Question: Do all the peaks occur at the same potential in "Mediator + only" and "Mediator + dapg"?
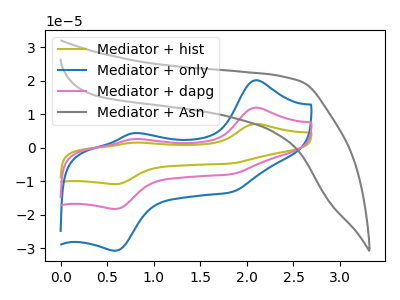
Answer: <think>The olive curve "Mediator + hist" has anodic peaks at (2.10V, 23.95uA) (0.80V, 5.15uA) and cathodic peaks at (1.80V, -15.80uA) (0.60V, -36.50uA). The blue curve "Mediator + only" has anodic peaks at (2.10V, 20.15uA) (0.80V, 4.35uA) and cathodic peaks at (1.80V, -13.30uA) (0.60V, -30.70uA). The pink curve "Mediator + dapg" has anodic peaks at (2.10V, 11.95uA) (0.80V, 2.60uA) and cathodic peaks at (1.80V, -7.90uA) (0.60V, -18.25uA). The gray curve "Mediator + Asn" has no peaks.</think>
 <answer>Yes, "Mediator + only" have a peak in "Mediator + dapg" at the same potential.</answer>
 <eval>match</eval>